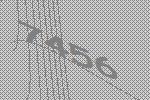
7456